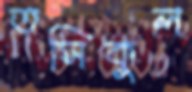
তসিকুল